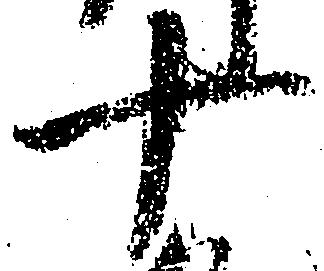
十